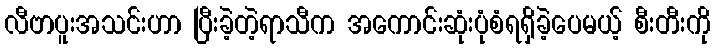
လီဗာပူးအသင်းဟာ ပြီးခဲ့တဲ့ရာသီက အကောင်းဆုံးပုံစံရရှိခဲ့ပေမယ့် စီးတီးကို